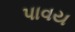
પાવય